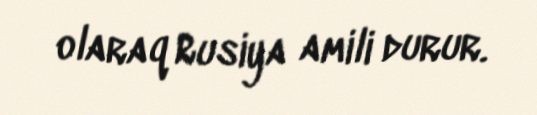
olaraq Rusiya amili durur.